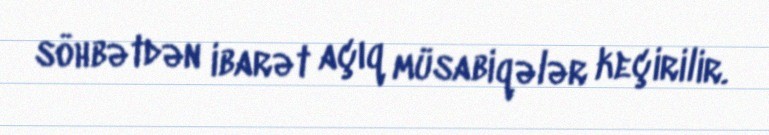
söhbətdən ibarət açıq müsabiqələr keçirilir.